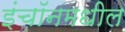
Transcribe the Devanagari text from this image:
इंचॉनमधील